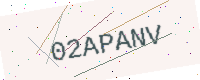
Text: 02APANV